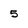
Character: 5